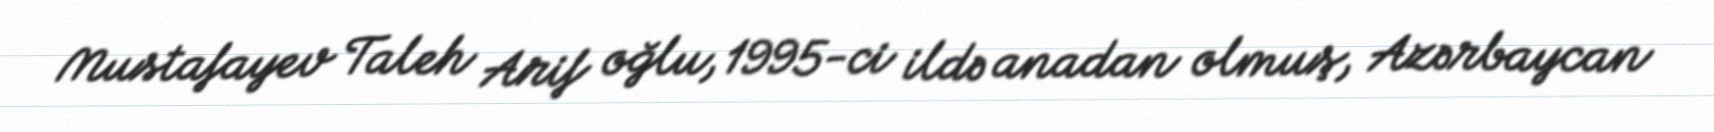
Mustafayev Taleh Arif oğlu, 1995-ci ildə anadan olmuş, Azərbaycan